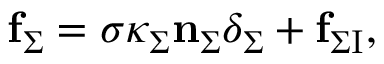
\mathbf { f } _ { \Sigma } = \sigma \kappa _ { \Sigma } \mathbf { n } _ { \Sigma } \delta _ { \Sigma } + \mathbf { f } _ { \Sigma \mathrm { I } } ,